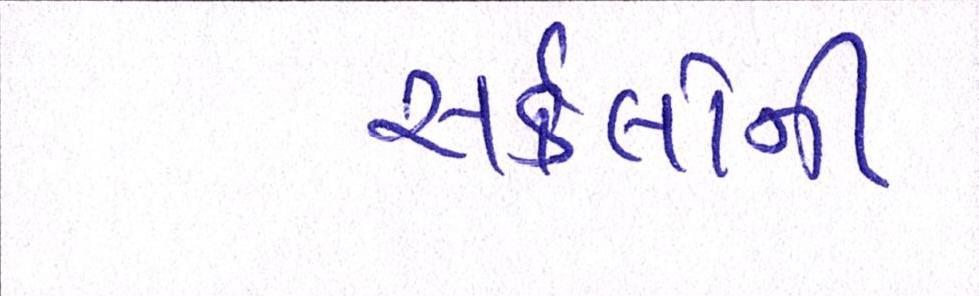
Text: સર્કલોની